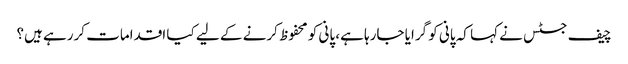
چیف جسٹس نے کہا کہ پانی کو گرایا جارہا ہے، پانی کو محفوظ کرنے کے لیے کیا اقدامات کررہے ہیں؟